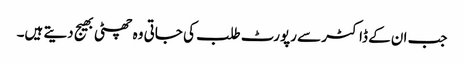
جب ان کے ڈاکٹر سے رپورٹ طلب کی جاتی وہ چھٹی بھیج دیتے ہیں۔